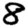
Digit: 8